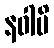
နဝါပိ